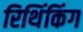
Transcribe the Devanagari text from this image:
रिथिंकिंग